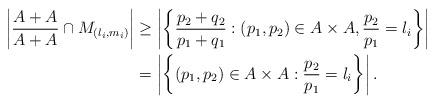
LaTeX: \begin{align*}\left|\frac{A+A}{A+A}\cap{M_{(l_i,m_i)}}\right|&\geq{\left|\left\{\frac{p_2+q_2}{p_1+q_1}:(p_1,p_2)\in{A\times{A}},\frac{p_2}{p_1}=l_i\right\}\right|}\\&=\left|\left\{(p_1,p_2)\in{A\times{A}}:\frac{p_2}{p_1}=l_i\right\}\right|. \end{align*}